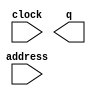
// megafunction wizard: %ROM: 1-PORT%VBB%
// GENERATION: STANDARD
// VERSION: WM1.0
// MODULE: altsyncram 

// ============================================================
// Megafunction Name(s):
// 			altsyncram
//
// Simulation Library Files(s):
// 			altera_mf
// ============================================================
// ************************************************************
// THIS IS A WIZARD-GENERATED FILE. DO NOT EDIT THIS FILE!
//
// 13.0.1 Build 232 06/12/2013 SP 1 SJ Full Version
// ************************************************************

//Copyright (C) 1991-2013 Altera Corporation
//Your use of Altera Corporation's design tools, logic functions 
//and other software and tools, and its AMPP partner logic 
//functions, and any output files from any of the foregoing 
//(including device programming or simulation files), and any 
//associated documentation or information are expressly subject 
//to the terms and conditions of the Altera Program License 
//Subscription Agreement, Altera MegaCore Function License 
//Agreement, or other applicable license agreement, including, 
//without limitation, that your use is for the sole purpose of 
//programming logic devices manufactured by Altera and sold by 
//Altera or its authorized distributors.  Please refer to the 
//applicable agreement for further details.

module ROM (
	address,
	clock,
	q);

	input	[9:0]  address;
	input	  clock;
	output	[11:0]  q;
`ifndef ALTERA_RESERVED_QIS
// synopsys translate_off
`endif
	tri1	  clock;
`ifndef ALTERA_RESERVED_QIS
// synopsys translate_on
`endif

endmodule

// ============================================================
// CNX file retrieval info
// ============================================================
// Retrieval info: PRIVATE: ADDRESSSTALL_A NUMERIC "0"
// Retrieval info: PRIVATE: AclrAddr NUMERIC "0"
// Retrieval info: PRIVATE: AclrByte NUMERIC "0"
// Retrieval info: PRIVATE: AclrOutput NUMERIC "0"
// Retrieval info: PRIVATE: BYTE_ENABLE NUMERIC "0"
// Retrieval info: PRIVATE: BYTE_SIZE NUMERIC "8"
// Retrieval info: PRIVATE: BlankMemory NUMERIC "0"
// Retrieval info: PRIVATE: CLOCK_ENABLE_INPUT_A NUMERIC "0"
// Retrieval info: PRIVATE: CLOCK_ENABLE_OUTPUT_A NUMERIC "0"
// Retrieval info: PRIVATE: Clken NUMERIC "0"
// Retrieval info: PRIVATE: IMPLEMENT_IN_LES NUMERIC "0"
// Retrieval info: PRIVATE: INIT_FILE_LAYOUT STRING "PORT_A"
// Retrieval info: PRIVATE: INIT_TO_SIM_X NUMERIC "0"
// Retrieval info: PRIVATE: INTENDED_DEVICE_FAMILY STRING "Cyclone III"
// Retrieval info: PRIVATE: JTAG_ENABLED NUMERIC "0"
// Retrieval info: PRIVATE: JTAG_ID STRING "NONE"
// Retrieval info: PRIVATE: MAXIMUM_DEPTH NUMERIC "0"
// Retrieval info: PRIVATE: MIFfilename STRING "../rom_data.mif"
// Retrieval info: PRIVATE: NUMWORDS_A NUMERIC "1024"
// Retrieval info: PRIVATE: RAM_BLOCK_TYPE NUMERIC "0"
// Retrieval info: PRIVATE: RegAddr NUMERIC "1"
// Retrieval info: PRIVATE: RegOutput NUMERIC "1"
// Retrieval info: PRIVATE: SYNTH_WRAPPER_GEN_POSTFIX STRING "0"
// Retrieval info: PRIVATE: SingleClock NUMERIC "1"
// Retrieval info: PRIVATE: UseDQRAM NUMERIC "0"
// Retrieval info: PRIVATE: WidthAddr NUMERIC "10"
// Retrieval info: PRIVATE: WidthData NUMERIC "12"
// Retrieval info: PRIVATE: rden NUMERIC "0"
// Retrieval info: LIBRARY: altera_mf altera_mf.altera_mf_components.all
// Retrieval info: CONSTANT: ADDRESS_ACLR_A STRING "NONE"
// Retrieval info: CONSTANT: CLOCK_ENABLE_INPUT_A STRING "BYPASS"
// Retrieval info: CONSTANT: CLOCK_ENABLE_OUTPUT_A STRING "BYPASS"
// Retrieval info: CONSTANT: INIT_FILE STRING "../rom_data.mif"
// Retrieval info: CONSTANT: INTENDED_DEVICE_FAMILY STRING "Cyclone III"
// Retrieval info: CONSTANT: LPM_HINT STRING "ENABLE_RUNTIME_MOD=NO"
// Retrieval info: CONSTANT: LPM_TYPE STRING "altsyncram"
// Retrieval info: CONSTANT: NUMWORDS_A NUMERIC "1024"
// Retrieval info: CONSTANT: OPERATION_MODE STRING "ROM"
// Retrieval info: CONSTANT: OUTDATA_ACLR_A STRING "NONE"
// Retrieval info: CONSTANT: OUTDATA_REG_A STRING "CLOCK0"
// Retrieval info: CONSTANT: WIDTHAD_A NUMERIC "10"
// Retrieval info: CONSTANT: WIDTH_A NUMERIC "12"
// Retrieval info: CONSTANT: WIDTH_BYTEENA_A NUMERIC "1"
// Retrieval info: USED_PORT: address 0 0 10 0 INPUT NODEFVAL "address[9..0]"
// Retrieval info: USED_PORT: clock 0 0 0 0 INPUT VCC "clock"
// Retrieval info: USED_PORT: q 0 0 12 0 OUTPUT NODEFVAL "q[11..0]"
// Retrieval info: CONNECT: @address_a 0 0 10 0 address 0 0 10 0
// Retrieval info: CONNECT: @clock0 0 0 0 0 clock 0 0 0 0
// Retrieval info: CONNECT: q 0 0 12 0 @q_a 0 0 12 0
// Retrieval info: GEN_FILE: TYPE_NORMAL ROM.v TRUE
// Retrieval info: GEN_FILE: TYPE_NORMAL ROM.inc FALSE
// Retrieval info: GEN_FILE: TYPE_NORMAL ROM.cmp FALSE
// Retrieval info: GEN_FILE: TYPE_NORMAL ROM.bsf FALSE
// Retrieval info: GEN_FILE: TYPE_NORMAL ROM_inst.v FALSE
// Retrieval info: GEN_FILE: TYPE_NORMAL ROM_bb.v TRUE
// Retrieval info: LIB_FILE: altera_mf